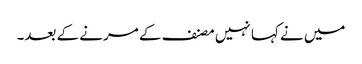
میں نے کہا نہیں مصنف کے مرنے کے بعد۔